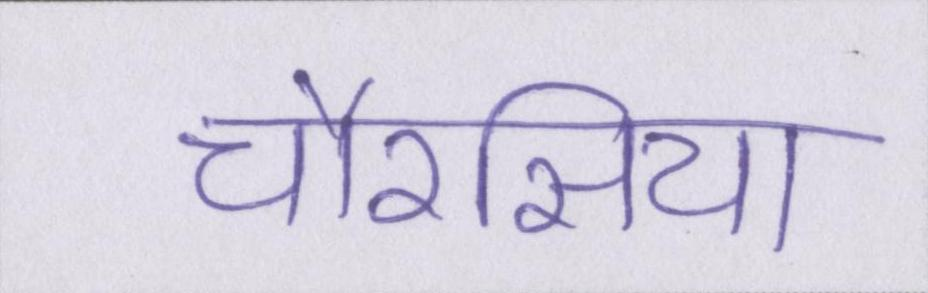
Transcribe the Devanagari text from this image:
चौरसिया